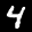
Label: 4